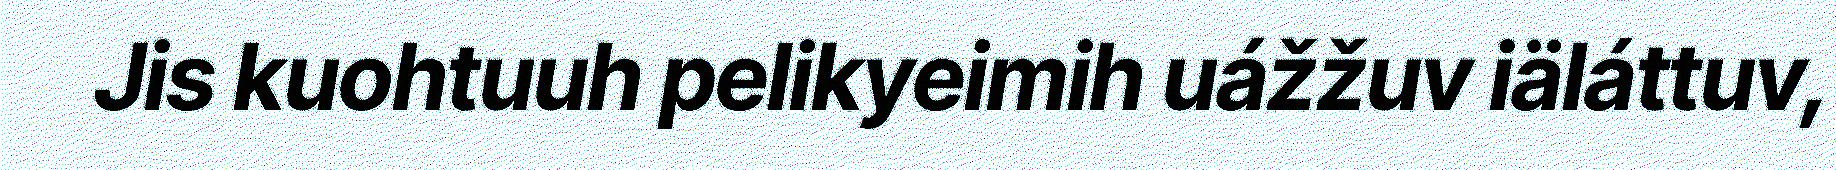
Jis kuohtuuh pelikyeimih uážžuv iäláttuv,